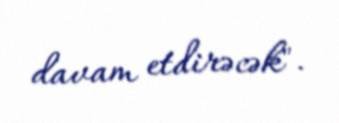
davam etdirəcək".